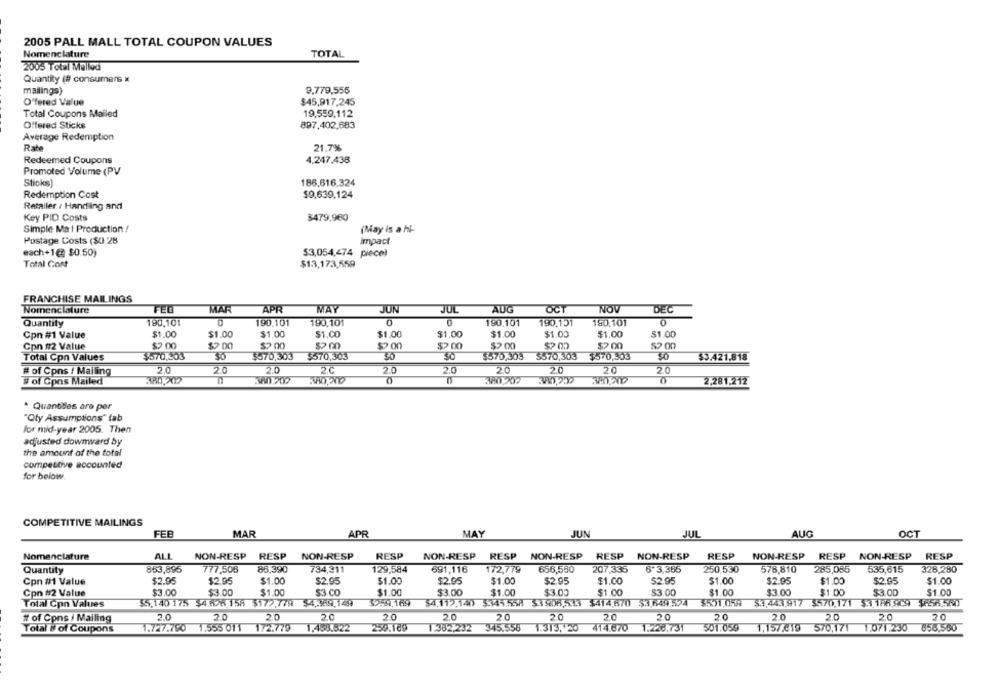
2005 PALL MALL TOTAL COUPON VALUES
Nomenclature
TOTAL
2005 Total Mallod
Quantity (# consumers x
mailings}
9,779,556
Offered Value
$45,917,245
Total Coupons Mailed
19,559,112
Offered Sticks
897,402,683
Average Redemption
Rate
21.7%
Redeemed Coupons
4,247.438
Promoted Volume (PV
Sticks)
186,616.324
Redemption Cost
$9,639,124
Retailer / Handling and
Key PID Costs
$479.960
Simple Mat Production !
(May is a hi-
Postage Costs ($0.28
impact
each+1@ $0.50)
$3,054,474 piece)
Total Gort
$13,173,559
FRANCHISE MAILINGS
Nomenclature
FED
MAR
APR
MAY
JUN
JUL
AUG
OCT
NOV
DEC
Quantity
190,101
190.101
190,101
0
190.101
190,151
150.101
Cpn #1 Value
$1.00
$1.00
$1.00
$1.00
$1.00
$1.00
$1.00
$1.00
$1.00
$1.00
Con #12 Value
$2 .00
$2 00
$2 00
$2 00
$200
$200
$2 00
Total Cpn Values
$570,303
$570,303
$570,303
30
$570,303
$570,303
$570,303
$5.421,818
# of Cpns / Mailing
2.0
2.0
20
2C
2.0
2.0
20
20
20
2.0
# of Cons Mailed
380,202
380 200
380 207
2,281,212
. Quantides are per
"Oty Assumptions" tab
for mid-year 2005. Then
adjusted downward by
the amount of the total
competitive accounted
for below.
COMPETITIVE MAILINGS
FEB
MAR
APR
MAY
JUN
JUL
AUG
OCT
Nomenclature
ALL
NON-RESP RESP NON-RESP
RESP
NON-RESP RESP NON-RESP
RESP NON-RESP
RESP
NON-RESP RESP NON-RESP RESP
863,895
777,508
88,390
129,584
691,116
250 530
535,615
328,280
Quantity
734,211
172,779
656,590
207,335
6 3,365
578,810
285,085
$2.95
$2.95
$1.00
$2.95
$1.00
$2.95
$1.00
$2.95
$1.00
$2.95
$1.00
$2.95
$1.00
$2.95
$1.00
Con #1 Value
Con #2 Value
$3.00
$3.00
$1.00
$3.CO
$1.00
$3.00
$1.00
$3.00
$1.00
$3.00
$1.00
$3.00
$1.00
$3.00
$1.00
5959,169
$551,059
$3,443.917 $570.171 $3.186.909 $658,580
Total Con Values
$5.140 175 $4.596 158 $172,779 $4,369,149
$4,112.140 $345.558 53908,533 $414.570 $3.649.594
2.0
2.0
20
2.0
20
2.0
20
20
20
20
20
20
20
2.0
20
fr of Cpns / Mailing
Total # of Coupons
1.727.790
1.555 011
172.779
1,488.822
250.109
1.382,232 345,558
1.313, 20
414.670
1.228.731
501.059
1,157.819
570,171
1.071.230
655,550